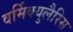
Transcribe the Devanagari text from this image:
वर्मिक्युलैरिस